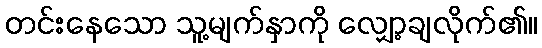
တင်းနေသော သူ့မျက်နှာကို လျှော့ချလိုက်၏။